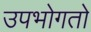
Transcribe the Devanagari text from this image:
उपभोगतो